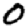
Digit: 0